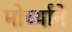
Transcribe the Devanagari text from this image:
मोर्च्याने